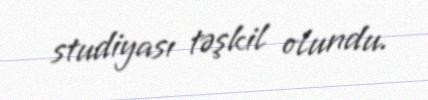
studiyası təşkil olundu.